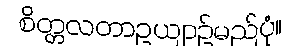
စိတ္တလတာဥယျာဉ်မည်ပုံ။